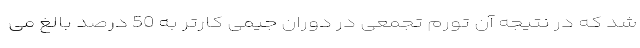
شد که در نتیجه آن تورم تجمعی در دوران جیمی کارتر به 50 درصد بالغ می